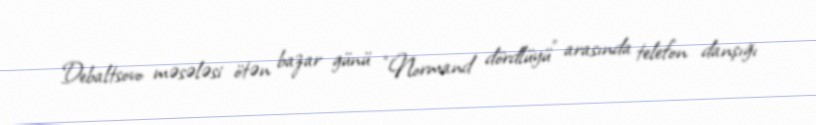
Debaltsovo məsələsi ötən bazar günü “Normand dördlüyü” arasında telefon danşığı